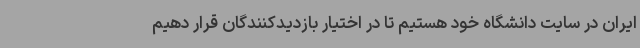
ایران در سایت دانشگاه خود هستیم تا در اختیار بازدیدکنندگان قرار دهیم